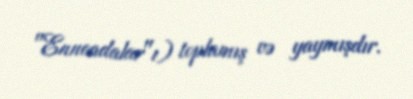
"Enneadalar"ı) toplamış və yaymışdır.